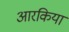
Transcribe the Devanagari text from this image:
आरकिया